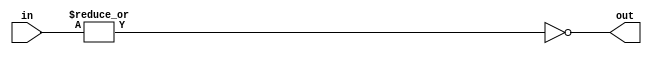
module NOR4_1 #(parameter SIZE = 4) (input [SIZE-1:0] in, output out);
assign out = ~|in;
endmodule